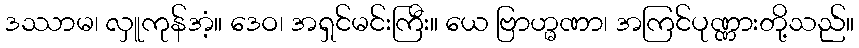
ဒဿာမ၊ လှူကုန်အံ့။ ဒေဝ၊ အရှင်မင်းကြီး။ ယေ ဗြာဟ္မဏာ၊ အကြင်ပုဏ္ဏားတို့သည်။